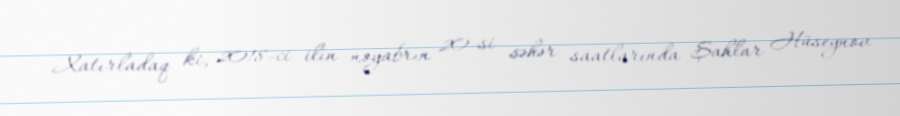
Xatırladaq ki, 2018-ci ilin noyabrın 20-si səhər saatlarında Şahlar Hüseynov